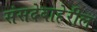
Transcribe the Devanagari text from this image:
संसदेबाहेरील